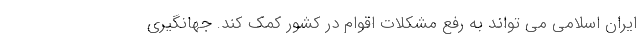
ایران اسلامی می تواند به رفع مشکلات اقوام در کشور کمک کند. جهانگیری